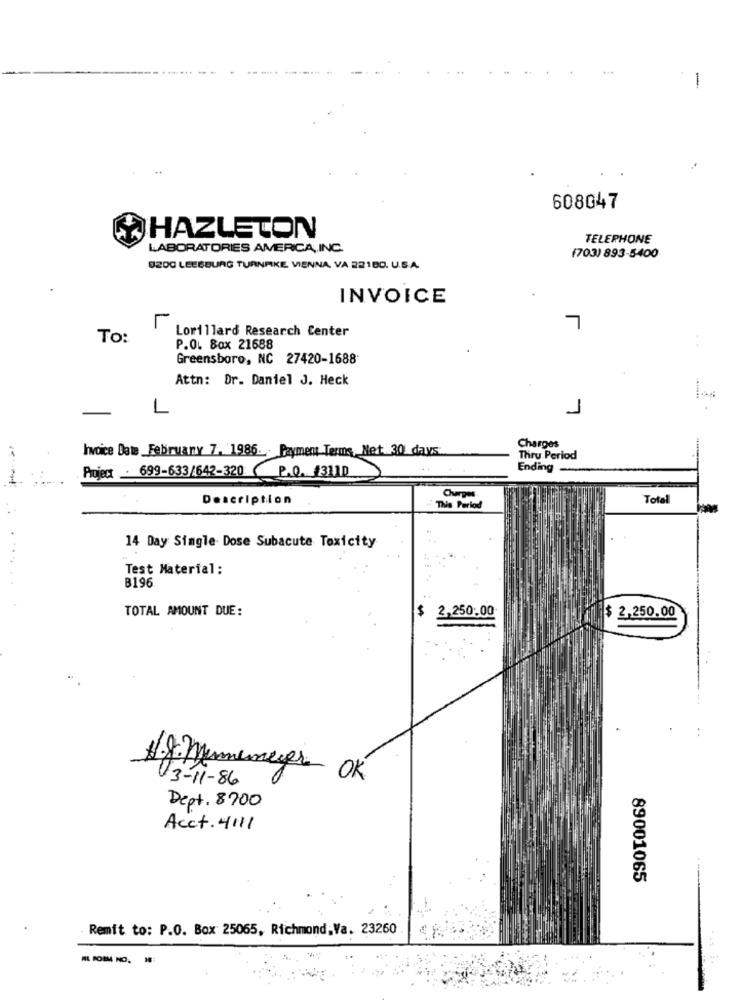
-
608047
HAZLETON
TELEPHONE
LABORATORIES AMERICA ,, INC.
(703) 893-5400
O200 LEESBURG TURNPIKE VIENNA, VA 22180. U.S.A.
INVOICE
r
7
To:
Lorillard Research Center
P.O. Box 21688
Greensboro, NC 27420-1688
Attn: Dr. Daniel J. Heck
L
1
-
Invoice Date Februany 7. 1986. . Payment Terms, Net. 30 days
Charges
Thru Period
Project - 699-633/642-320 P.Q. 13110
Ending_
Description
Charges
Total
This Period
14 Day Single Dose Subacute Toxicity
Test Material:
B196
TOTAL AMOUNT DUE:
$
2,250.00
2,250.00
.8: mememegera OK
03-11-86
Dept. 8700
Acct. 4111
89001065
Remit to: P.O. Box 25065, Richmond,Va. 23260